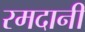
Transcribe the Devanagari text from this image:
रमदानी